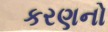
કરણનો